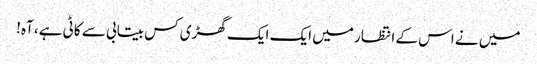
میں نے اس کے انتظار میں ایک ایک گھڑی کس بیتابی سے کاٹی ہے، آہ!